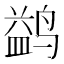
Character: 鹢